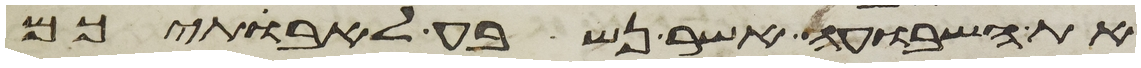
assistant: את השבועה אשר נשבע לאבתיכם